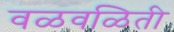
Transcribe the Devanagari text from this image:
वळवळिती